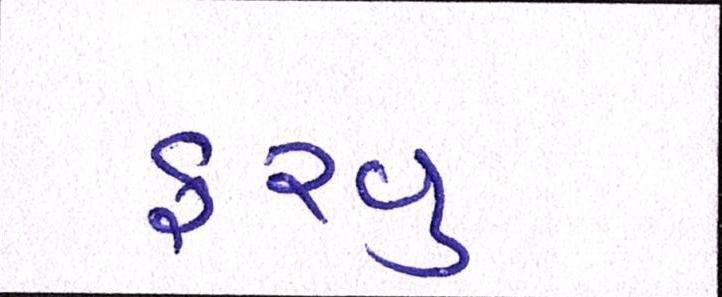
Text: ફરવુ